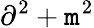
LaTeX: \partial^{2}+\mathtt{m}^{2}